Vaccination in the Punjab 1883-1896 - 1883-1896
Year: 1883
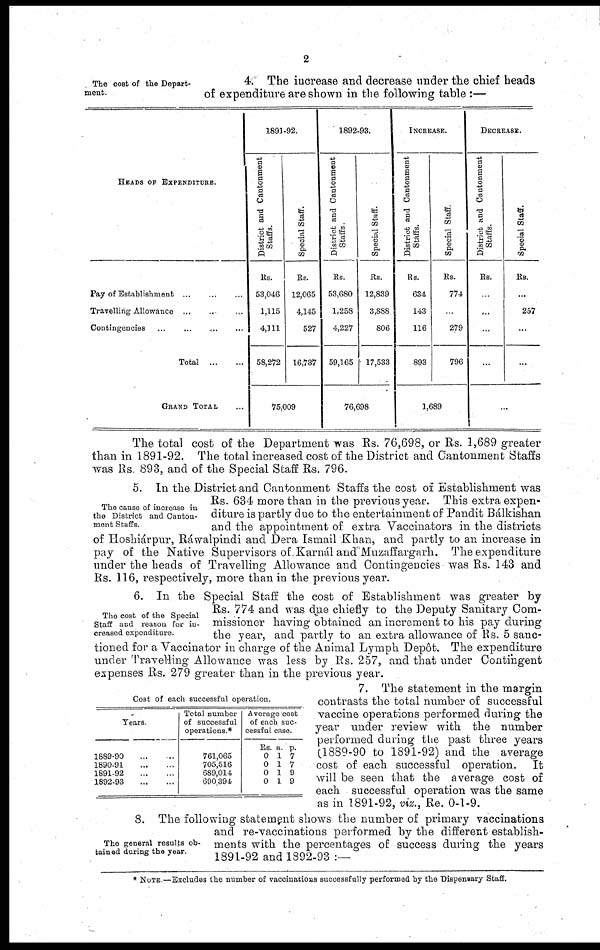
2
The cost of the Depart-
ment.
4. The increase and decrease under the chief heads
of expenditure are shown in the following table :—
HEADS OF EXPENDITURE.
Pay of Establishment
...
...
...
Travelling Allowance ... ... ...
Contingencies ... ... ... ...
Total
...
...
GRAND TOTAL ... ...
1891-92.
District and Cantonment
Staffs.
Rs.
53,046
1,115
4,111
58,272
Special Staff.
Rs.
12,065
4,145
527
16,737
75,009
1892-93.
District and Cantonment
Staffs.
Rs.
53,680
1,258
4,227
59,165
Special Staff.
Rs.
12,839
3,888
806
17,533
76,698
INCREASE.
District and Cantonment
Staffs.
Rs.
634
143
116
893
Special Staff.
Rs.
774
...
279
796
1,689
DECREASE.
District and Cantonment
Staffs.
Rs.
...
...
...
...
Special Staff.
Rs.
...
257
...
...
...
The total cost of the Department was Rs. 76,698, or Rs. 1,689 greater
than in 1891-92. The total increased cost of the District and Cantonment Staffs
was Rs. 893, and of the Special Staff Rs. 796.
The cause of increase in
the District and Canton-
ment Staffs.
5. In the District and Cantonment Staffs the cost of Establishment was
Rs. 634 more than in the previous year. This extra expen-
diture is partly due to the entertainment of Pandit Bálkishan
and the appointment of extra Vaccinators in the districts
of Hoslriárpur, Ráwalpindi and Dera Ismail Khan, and partly to an increase in
pay of the Native Supervisors of Karnál and Muzaffargarh. The expenditure
under the heads of Travelling Allowance and Contingencies was Rs. 143 and
Rs. 116, respectively, more than in the previous year.
The cost of the Special
Staff and reason for in-
creased expenditure.
6. In the Special Staff the cost of Establishment was greater by
Rs. 774 and was due chiefly to the Deputy Sanitary Com-
missioner having obtained an increment to his pay during
the year, and partly to an extra allowance of Rs. 5 sanc-
tioned for a Vaccinator in charge of the Animal Lymph Depôt. The expenditure
under Travelling Allowance was less by Rs. 257, and that under Contingent
expenses Rs. 279 greater than in the previous year.
Cost of each successful operation.
Years.
1889-90 ... ..
1890-91...
...
1891-92
...
...
1892-93...
...
Total number
of successful
operations.*
761,065
705,516
689,014
690,394
Average cost
of each suc-
cessful case.
Rs.
0
0
0
0
a.
1
1
1
1
p.
7
7
9
9
7. The statement in the margin
contrasts the total number of successful
vaccine operations performed during the
year under review with the number
performed during the past three years
(1889-90 to 1891-92) and the average
cost of each successful operation. It
will be seen that the average cost of
each successful operation was the same
as in 1891-92, viz., Re. 0-1-9.
The general results ob-
tained during the year.
8. The following statement shows the number of primary vaccinations
and re-vaccinations performed by the different establish-
ments with the percentages of success during the years
1891-92 and 1892-93 :—
* NOTE.—Excludes the number of vaccinations successfully performed by the Dispensary Staff.